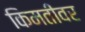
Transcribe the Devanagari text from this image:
किमतींवर